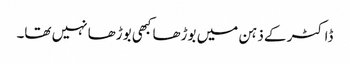
ڈاکٹر کے ذہن میں بوڑھا کبھی بوڑھا نہیں تھا۔